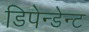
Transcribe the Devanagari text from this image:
डिपेन्डेन्ट